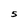
Character: 5